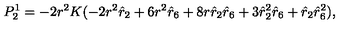
P _ { 2 } ^ { 1 } = - 2 r ^ { 2 } K ( - 2 r ^ { 2 } \hat { r } _ { 2 } + 6 r ^ { 2 } \hat { r } _ { 6 } + 8 r \hat { r } _ { 2 } \hat { r } _ { 6 } + 3 \hat { r } _ { 2 } ^ { 2 } \hat { r } _ { 6 } + \hat { r } _ { 2 } \hat { r } _ { 6 } ^ { 2 } ) ,